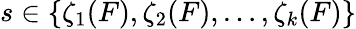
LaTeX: s\in\{ \zeta_{1}(F),\zeta_{2}(F),\ldots,\zeta_{k}(F)\}